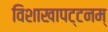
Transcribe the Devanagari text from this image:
विशाखापट्टनम्